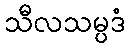
သီလသမ္ပဒံ